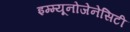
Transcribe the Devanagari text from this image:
इम्म्यूनोजेनेसिटी